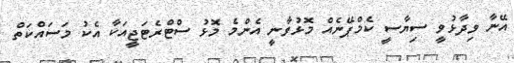
އޭނާ ވިދާޅުވީ ސިޔާސީ ކެމްޕޭނެއް މޮޅުވާނީ އެންމެ މޮޅު ސްޓްރެޓަޖީއަކާ އެކު މަސައްކަތް